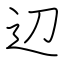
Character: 辺